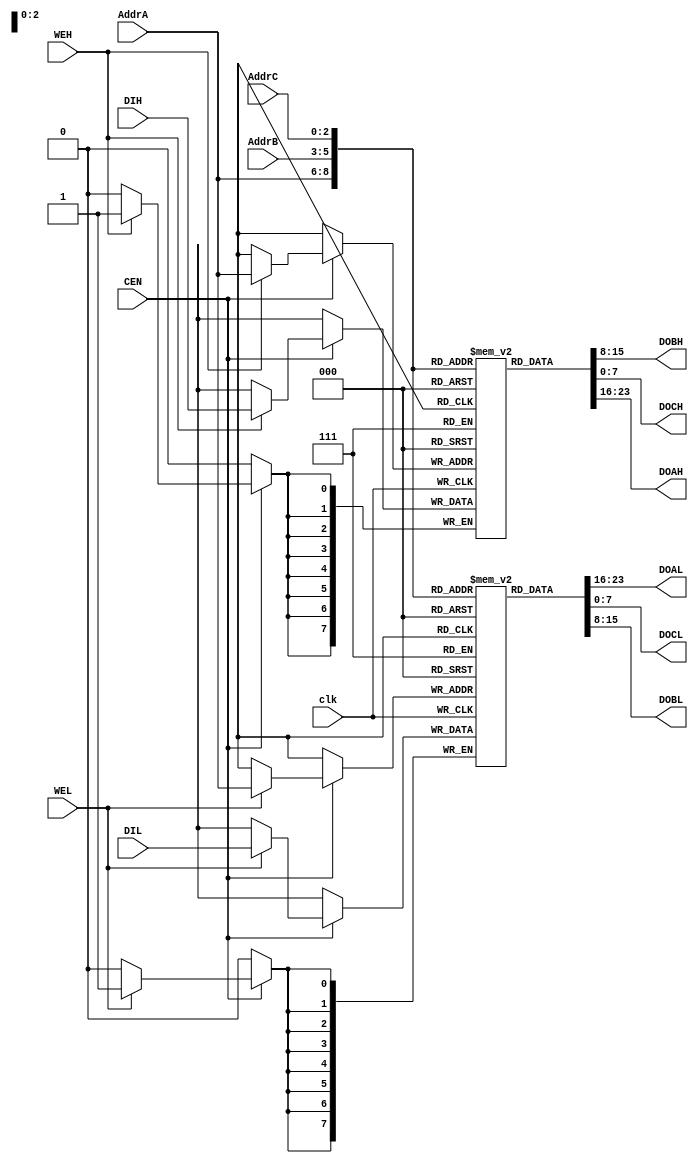
module tv80_reg_2 (
  DOBH, DOAL, DOCL, DOBL, DOCH, DOAH, 
  AddrC, AddrA, AddrB, DIH, DIL, clk, CEN, WEH, WEL
  );
    input  [2:0] AddrC;
    output [7:0] DOBH;
    input  [2:0] AddrA;
    input  [2:0] AddrB;
    input  [7:0] DIH;
    output [7:0] DOAL;
    output [7:0] DOCL;
    input  [7:0] DIL;
    output [7:0] DOBL;
    output [7:0] DOCH;
    output [7:0] DOAH;
    input  clk, CEN, WEH, WEL;
  reg [7:0] RegsH [0:7];
  reg [7:0] RegsL [0:7];
  always @(posedge clk)
    begin
      if (CEN)
        begin
          if (WEH) RegsH[AddrA] <= DIH;
          if (WEL) RegsL[AddrA] <= DIL;
        end
    end
  assign DOAH = RegsH[AddrA];
  assign DOAL = RegsL[AddrA];
  assign DOBH = RegsH[AddrB];
  assign DOBL = RegsL[AddrB];
  assign DOCH = RegsH[AddrC];
  assign DOCL = RegsL[AddrC];
  wire [7:0] B = RegsH[0];
  wire [7:0] C = RegsL[0];
  wire [7:0] D = RegsH[1];
  wire [7:0] E = RegsL[1];
  wire [7:0] H = RegsH[2];
  wire [7:0] L = RegsL[2];
  wire [15:0] IX = { RegsH[3], RegsL[3] };
  wire [15:0] IY = { RegsH[7], RegsL[7] };
endmodule